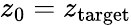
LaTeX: z_{0}=z_{\mathrm{target}}